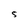
Character: 5